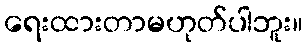
ရေးထားတာမဟုတ်ပါဘူး။